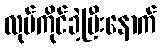
လုပ်ကိုင်ခဲ့ပြီးနောက်